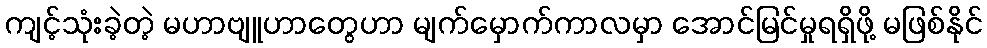
ကျင့်သုံးခဲ့တဲ့ မဟာဗျူဟာတွေဟာ မျက်မှောက်ကာလမှာ အောင်မြင်မှုရရှိဖို့ မဖြစ်နိုင်